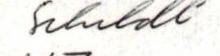
Schildt